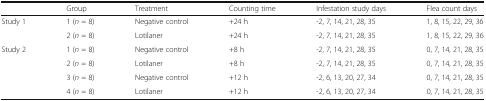
|  | Group | Treatment | Counting time | Infestation study days | Flea count days |
 | --- | --- | --- | --- | --- | --- |
 | <ROWSPAN=2> Study 1 | 1 (n = 8) | Negative control | +24 h | -2, 7, 14, 21, 28, 35 | 1, 8, 15, 22, 29, 36 |
 | 2 (n = 8) | Lotilaner | +24 h | -2, 7, 14, 21, 28, 35 | 1, 8, 15, 22, 29, 36 |
 | <ROWSPAN=4> Study 2 | 1 (n = 8) | Negative control | +8 h | -2, 7, 14, 21, 28, 35 | 0, 7, 14, 21, 28, 35 |
 | 2 (n = 8) | Lotilaner | +8 h | -2, 7, 14, 21, 28, 35 | 0, 7, 14, 21, 28, 35 |
 | 3 (n = 8) | Negative control | +12 h | -2, 6, 13, 20, 27, 34 | 0, 7, 14, 21, 28, 35 |
 | 4 (n = 8) | Lotilaner | +12 h | -2, 6, 13, 20, 27, 34 | 0, 7, 14, 21, 28, 35 |